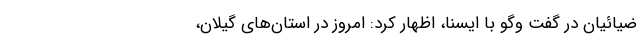
ضیائیان در گفت وگو با ایسنا، اظهار کرد: امروز در استان‌های گیلان،